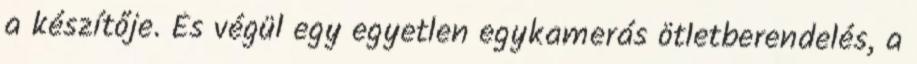
a készítője. És végül egy egyetlen egykamerás ötletberendelés, a